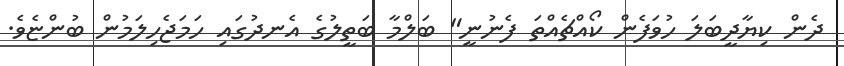
ދެން ކިޔާދީބަލަ ހުވަފެން ކޯއްޗެއްތަ ފެނުނީ" ބަލްމާ ބަތީލުގެ އެނދުގައި ހަމަޖެހިލަމުން ބުންޏެވެ.